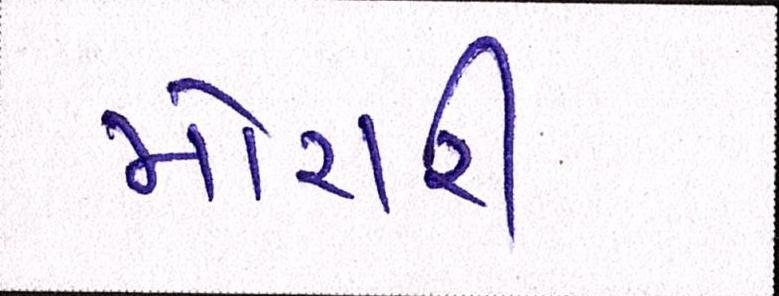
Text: મોરારી